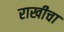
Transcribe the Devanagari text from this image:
राखीचा